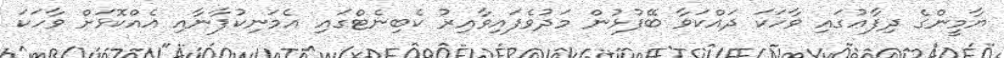
ޔާމީންގެ ދިފާޢުގައި ވާހަކަ ދައްކަވާ ބޭފުޅުން މަދުވެފައިވާއިރު ކެބިނެޓްގައި އެމަނިކުފާނާއި އެއްކޮޅަށް ވާހަކަ